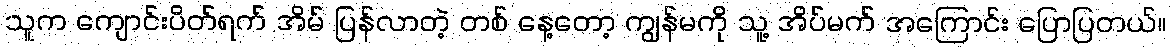
သူက ကျောင်းပိတ်ရက် အိမ် ပြန်လာတဲ့ တစ် နေ့တော့ ကျွန်မကို သူ့ အိပ်မက် အကြောင်း ပြောပြတယ်။